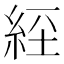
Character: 𦀇